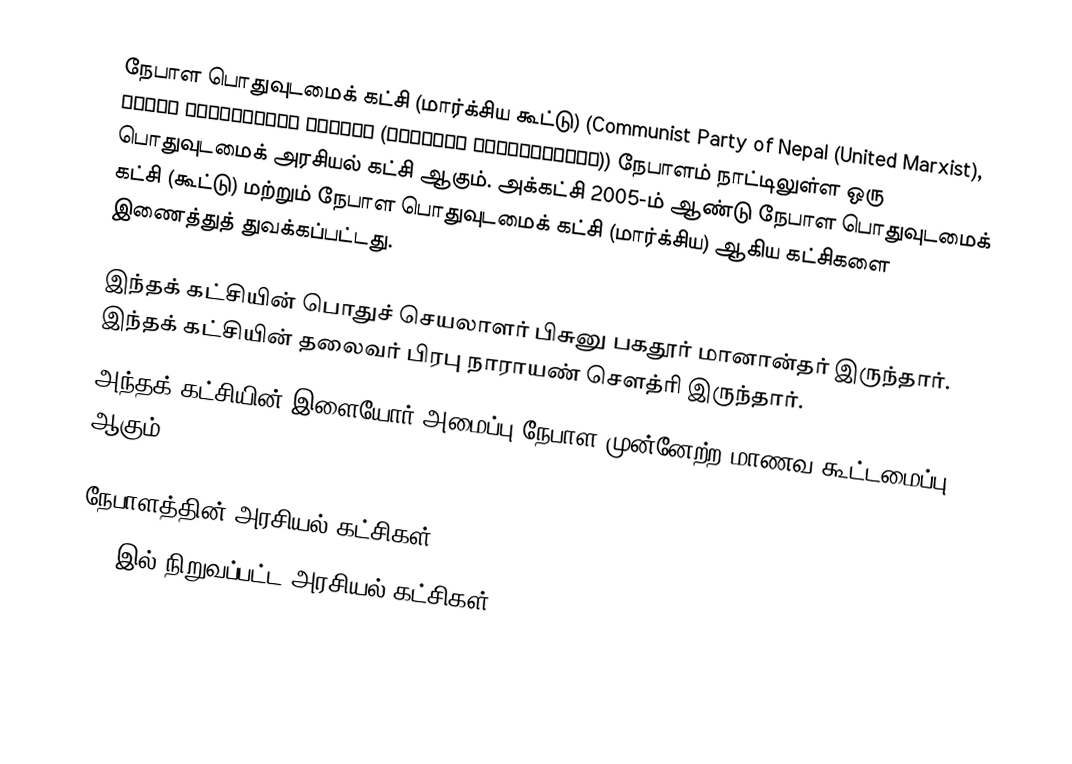
நேபாள பொதுவுடமைக் கட்சி (மார்க்சிய கூட்டு) (Communist Party of Nepal (United Marxist), नेपाल कम्युनिस्ट पार्टी (संयुक्त मार्क्सवादी)) நேபாளம் நாட்டிலுள்ள ஒரு பொதுவுடமைக் அரசியல் கட்சி ஆகும். அக்கட்சி 2005-ம் ஆண்டு நேபாள பொதுவுடமைக் கட்சி (கூட்டு) மற்றும் நேபாள பொதுவுடமைக் கட்சி (மார்க்சிய) ஆகிய கட்சிகளை இணைத்துத் துவக்கப்பட்டது.

இந்தக் கட்சியின் பொதுச் செயலாளர் பிசுனு பகதூர் மானான்தர் இருந்தார். இந்தக் கட்சியின் தலைவர் பிரபு நாராயண் செளத்ரி இருந்தார்.
அந்தக் கட்சியின் இளையோர் அமைப்பு நேபாள முன்னேற்ற மாணவ கூட்டமைப்பு ஆகும்.

நேபாளத்தின் அரசியல் கட்சிகள்
2005இல் நிறுவப்பட்ட அரசியல் கட்சிகள்